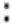
: